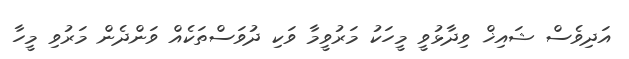
އަދިވެސް ޝައިޚް ވިދާޅުވީ މީހަކު މަރުވީމާ ވަކި ދުވަސްތަކެއް ވަންދެން މަރުވި މީހާ